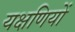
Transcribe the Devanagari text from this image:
यक्षणियों